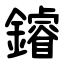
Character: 䥧